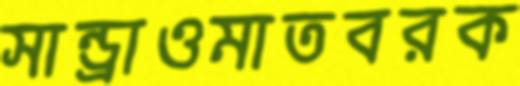
সান্ড্রাওমাতবরক